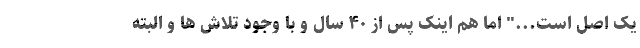
یک اصل است..." اما هم اینک پس از ۴۰ سال و با وجود تلاش ها و البته